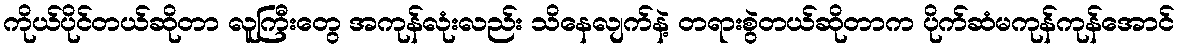
ကိုယ်ပိုင်တယ်ဆိုတာ လူကြီးတွေ အကုန်လုံးလည်း သိနေလျက်နဲ့ တရားစွဲတယ်ဆိုတာက ပိုက်ဆံမကုန်ကုန်အောင်